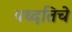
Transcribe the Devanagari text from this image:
पध्दतिचे